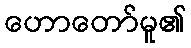
ဟောတော်မူ၏